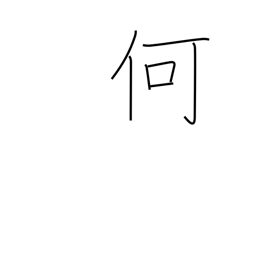
Meaning: what